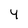
Character: y